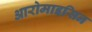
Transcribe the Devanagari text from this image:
आरोमाइसिन